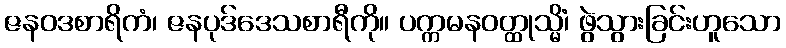
ဇနဝဒစာရိကံ၊ ဇနပုဒ်ဒေသစာရီကို။ ပက္ကမနဝတ္ထုသ္မိံ၊ ဖွဲသွားခြင်းဟူသော